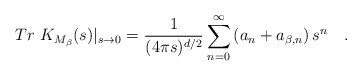
\begin{align*}Tr~K_{M_{\beta}}(s)|_{s\rightarrow 0}={1 \over (4\pi s)^{d/2}} \sum_{n=0}^{\infty}\left(a_n + a_{\beta,n} \right)s^n~~~.\end{align*}